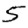
Digit: 5